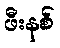
ဖီးနစ်